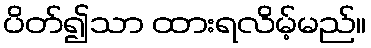
ပိတ်၍သာ ထားရလိမ့်မည်။